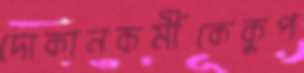
দোকানকর্মীকেকুপ